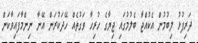
ދަރިފުޅު ލިބުމުން އެކުއްޖާ ބެލުމުގައި ޖިޔާގެ ހުރިހާ ވަގުތެއް ހޭދަކުރަން އޭނާ ނިންމާފައިވާކަން